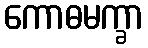
ကောဓမက္ခာ